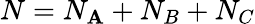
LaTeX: N=N_{\mathbf{A}}+N_{B}+N_{C}